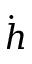
\dot { h }